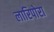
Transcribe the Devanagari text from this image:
लारिपोरा